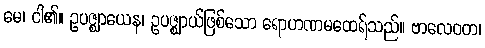
မေ၊ ငါ၏။ ဥပဇ္ဈာယေန၊ ဥပဇ္ဈာယ်ဖြစ်သော ရောဟဏမထေရ်သည်။ ဗာလေဝတ၊